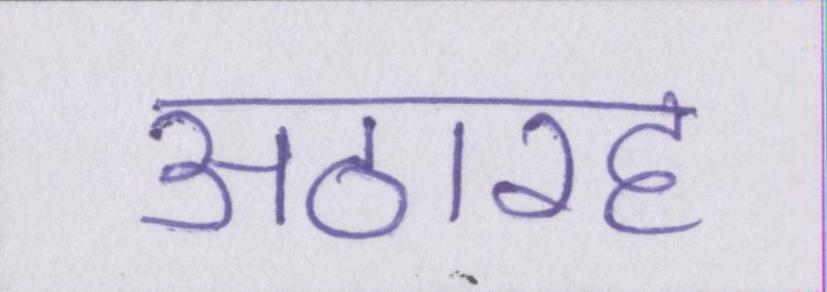
अठारह